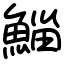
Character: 鯔